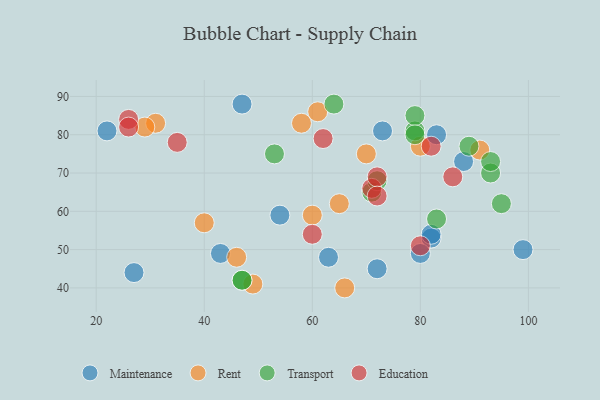
{"axis": {"x": "GDP", "y": "Life Expectancy"}, "legend": ["Education", "Maintenance", "Rent", "Transport"], "data": [{"x": "82", "y": 53, "type": "Maintenance"}, {"x": "54", "y": 59, "type": "Maintenance"}, {"x": "72", "y": 45, "type": "Maintenance"}, {"x": "43", "y": 49, "type": "Maintenance"}, {"x": "47", "y": 88, "type": "Maintenance"}, {"x": "83", "y": 80, "type": "Maintenance"}, {"x": "82", "y": 54, "type": "Maintenance"}, {"x": "99", "y": 50, "type": "Maintenance"}, {"x": "63", "y": 48, "type": "Maintenance"}, {"x": "27", "y": 44, "type": "Maintenance"}, {"x": "80", "y": 49, "type": "Maintenance"}, {"x": "88", "y": 73, "type": "Maintenance"}, {"x": "73", "y": 81, "type": "Maintenance"}, {"x": "22", "y": 81, "type": "Maintenance"}, {"x": "46", "y": 48, "type": "Rent"}, {"x": "70", "y": 75, "type": "Rent"}, {"x": "65", "y": 62, "type": "Rent"}, {"x": "58", "y": 83, "type": "Rent"}, {"x": "91", "y": 76, "type": "Rent"}, {"x": "40", "y": 57, "type": "Rent"}, {"x": "31", "y": 83, "type": "Rent"}, {"x": "80", "y": 77, "type": "Rent"}, {"x": "29", "y": 82, "type": "Rent"}, {"x": "49", "y": 41, "type": "Rent"}, {"x": "61", "y": 86, "type": "Rent"}, {"x": "60", "y": 59, "type": "Rent"}, {"x": "66", "y": 40, "type": "Rent"}, {"x": "47", "y": 42, "type": "Transport"}, {"x": "47", "y": 42, "type": "Transport"}, {"x": "71", "y": 65, "type": "Transport"}, {"x": "79", "y": 81, "type": "Transport"}, {"x": "95", "y": 62, "type": "Transport"}, {"x": "83", "y": 58, "type": "Transport"}, {"x": "64", "y": 88, "type": "Transport"}, {"x": "72", "y": 68, "type": "Transport"}, {"x": "93", "y": 70, "type": "Transport"}, {"x": "79", "y": 85, "type": "Transport"}, {"x": "89", "y": 77, "type": "Transport"}, {"x": "79", "y": 80, "type": "Transport"}, {"x": "53", "y": 75, "type": "Transport"}, {"x": "93", "y": 73, "type": "Transport"}, {"x": "71", "y": 66, "type": "Education"}, {"x": "26", "y": 84, "type": "Education"}, {"x": "35", "y": 78, "type": "Education"}, {"x": "72", "y": 69, "type": "Education"}, {"x": "60", "y": 54, "type": "Education"}, {"x": "82", "y": 77, "type": "Education"}, {"x": "80", "y": 51, "type": "Education"}, {"x": "26", "y": 82, "type": "Education"}, {"x": "72", "y": 64, "type": "Education"}, {"x": "86", "y": 69, "type": "Education"}, {"x": "62", "y": 79, "type": "Education"}]}